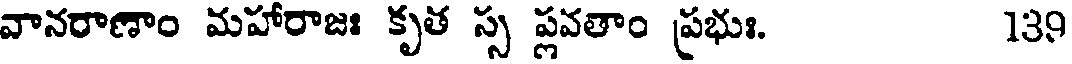
వానరాణాం మహారాజః కృత స్స ప్లవతాం ప్రభుః. 139